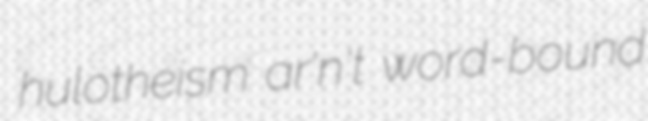
hulotheism ar'n't word-bound